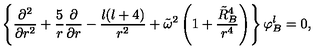
\left\{ { \frac { \partial ^ { 2 } } { \partial r ^ { 2 } } } + { \frac { 5 } { r } } { \frac { \partial } { \partial r } } - { \frac { l ( l + 4 ) } { r ^ { 2 } } } + \tilde { \omega } ^ { 2 } \left( 1 + { \frac { \tilde { R } _ { B } ^ { 4 } } { r ^ { 4 } } } \right) \right\} \varphi _ { B } ^ { l } = 0 ,